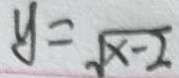
y = \sqrt { x - 2 }